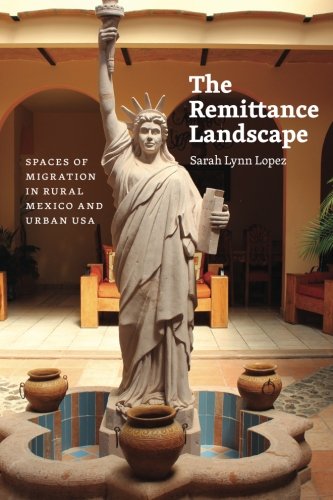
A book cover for The Remittance Landscape: Spaces of Migration in Rural Mexico and Urban USA; Sarah Lynn Lopez; Politics & Social Sciences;